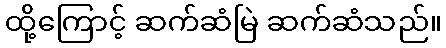
ထို့ကြောင့် ဆက်ဆံမြဲ ဆက်ဆံသည်။